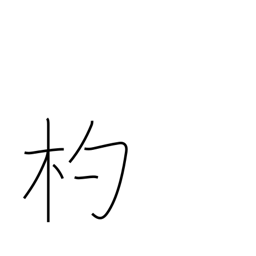
Meaning: ladle